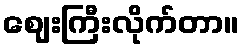
ဈေးကြီးလိုက်တာ။